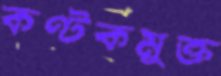
কণ্টকমুক্ত